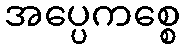
အပ္ပေကစ္စေ